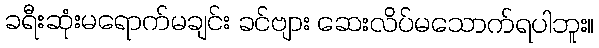
ခရီးဆုံးမရောက်မချင်း ခင်ဗျား ဆေးလိပ်မသောက်ရပါဘူး။